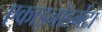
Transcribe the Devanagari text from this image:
एकाइनोडर्मेटा